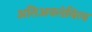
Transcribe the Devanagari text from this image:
अतिअवलंबित्व